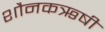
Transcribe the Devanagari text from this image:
शौनकऋषी